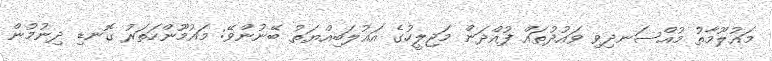
މައުލޫމާތު މުއްސަނދިވި ވައުދުތައް ފުއްދަން މަޖިލީހުގެ އަޣުލަބިއްޔަތު ބޭނުންވޭ: މައުމޫންހަތަރު ގޮނޑި ދިނުމުން